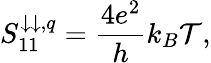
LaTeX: S_{11}^{\downarrow\downarrow,q}=\frac{4e^{2}}{h}k_{B}\mathcal{T},